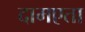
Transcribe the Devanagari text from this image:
दामएता